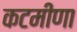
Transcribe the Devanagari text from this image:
कटमीणा